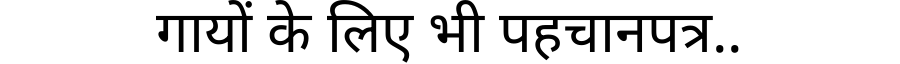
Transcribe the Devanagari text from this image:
गायों के लिए भी पहचानपत्र..